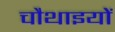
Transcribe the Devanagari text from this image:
चौथाइयों